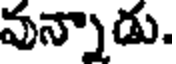
వున్నాడు.